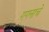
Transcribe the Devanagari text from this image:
गगनाचे